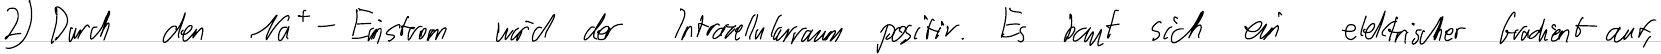
2) Durch den Na+-Einstrom wird der Intrazellularraum positiv. Es baut sich ein elektrischer Gradient auf,